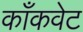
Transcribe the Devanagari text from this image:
काँकवेट